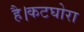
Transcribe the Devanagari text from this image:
है।कटघोरा